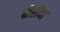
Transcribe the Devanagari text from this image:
बोरोंदा